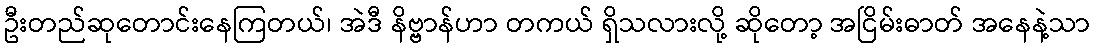
ဦးတည်ဆုတောင်းနေကြတယ်၊ အဲဒီ နိဗ္ဗာန်ဟာ တကယ် ရှိသလားလို့ ဆိုတော့ အငြိမ်းဓာတ် အနေနဲ့သာ